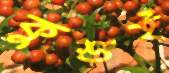
কুশুই